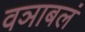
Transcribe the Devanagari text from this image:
वञाबलं